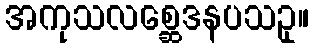
အကုသလစ္ဆေဒနပသဥှ။